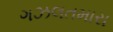
ગઝલતમારા